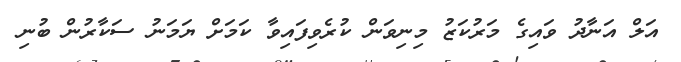
އަލް އަނާދު ވައިގެ މަރުކަޒު މިނިވަން ކުރެވިފައިވާ ކަމަށް ޔަމަނު ސަކާރުން ބުނި